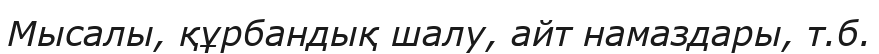
Мысалы, құрбандық шалу, айт намаздары, т.б.